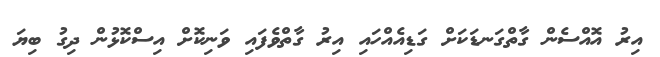
އިރު އޮއްސެން ގާތްގަނޑަކަށް ގަޑިއެއްހައި އިރު ގާތްވެފައި ވަނިކޮށް އިސްކޮޅުން ދިގު ބިޔަ